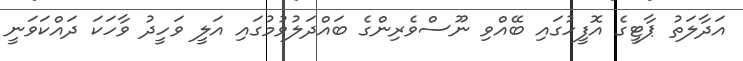
އަދާލަތު ޕާޓީގެ އޮފީހުގައި ބޭއްވި ނޫސްވެރިންގެ ބައްދަލުވުމުގައި އަލީ ވަހީދު ވާހަކަ ދައްކަވަނީ